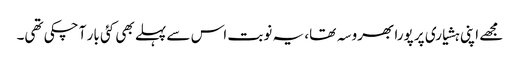
مجھے اپنی ہشیاری پر پورا بھروسہ تھا، یہ نوبت اس سے پہلے بھی کئی بار آ چکی تھی۔